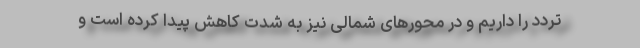
تردد را داریم و در محور‌های شمالی نیز به شدت کاهش پیدا کرده است و